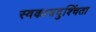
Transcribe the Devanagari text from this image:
स्वकायदुश्चिंता